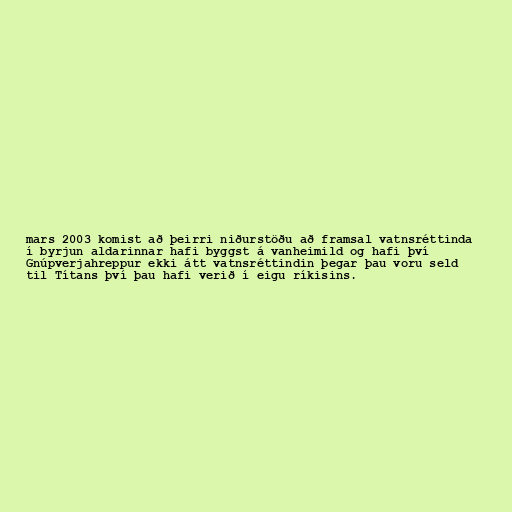
mars 2003 komist að þeirri niðurstöðu að framsal vatnsréttinda
í byrjun aldarinnar hafi byggst á vanheimild og hafi því
Gnúpverjahreppur ekki átt vatnsréttindin þegar þau voru seld
til Títans því þau hafi verið í eigu ríkisins.